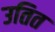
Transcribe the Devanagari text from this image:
उतित